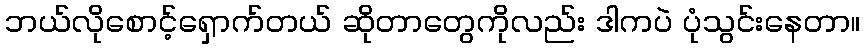
ဘယ်လိုစောင့်ရှောက်တယ် ဆိုတာတွေကိုလည်း ဒါကပဲ ပုံသွင်းနေတာ။